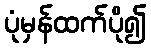
ပုံမှန်ထက်ပို၍